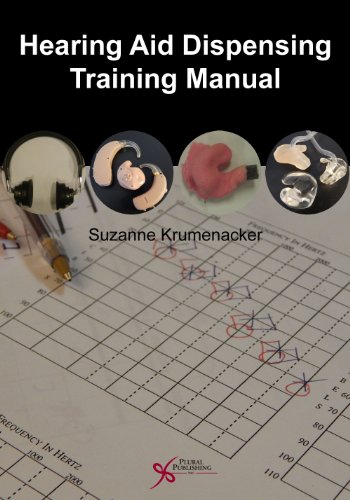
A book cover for Hearing Aid Dispensing Training Manual; Suzanne Krumenacker; Medical Books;